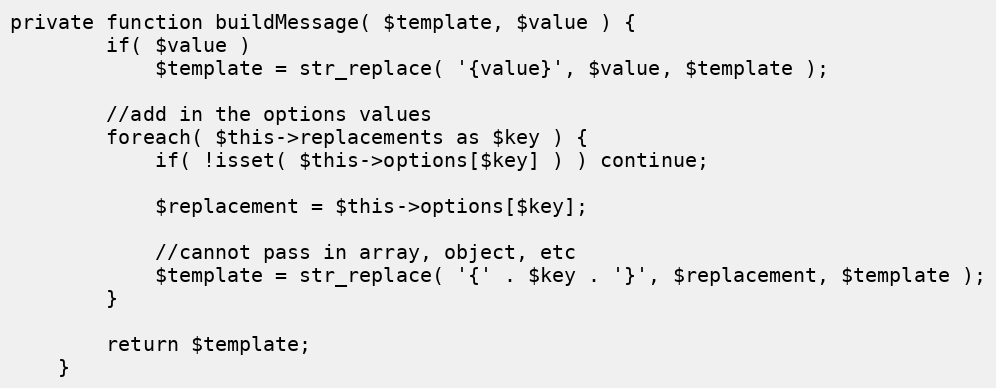
Language: PHP
private function buildMessage( $template, $value ) {
        if( $value )
            $template = str_replace( '{value}', $value, $template );

        //add in the options values
        foreach( $this->replacements as $key ) {
            if( !isset( $this->options[$key] ) ) continue;

            $replacement = $this->options[$key];

            //cannot pass in array, object, etc
            $template = str_replace( '{' . $key . '}', $replacement, $template );
        }

        return $template;
    }